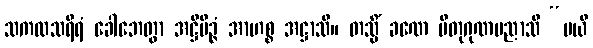
သကလသရီရံ ခေါဘေတွာ အဋ္ဌိမိဉ္ဇံ အာဟစ္စ အဋ္ဌာသိ။ တသ္မိံ ခဏေ ပိတုဂုဏမညာသိ “မယိ